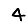
Digit: 4